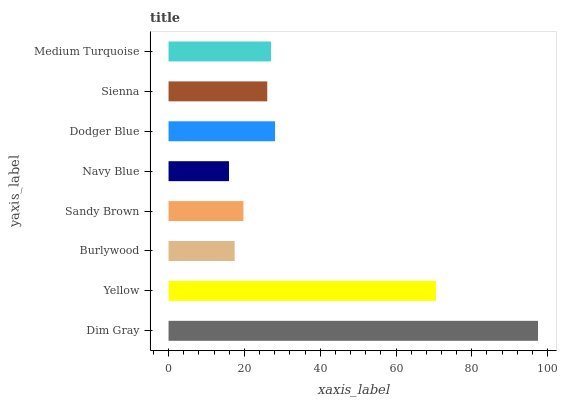
| yaxis_label | bars |
 | --- | --- |
 | Dim Gray | 97.5 |
 | Yellow | 70.5 |
 | Burlywood | 17.4 |
 | Sandy Brown | 19.8 |
 | Navy Blue | 15.9 |
 | Dodger Blue | 28.1 |
 | Sienna | 26 |
 | Medium Turquoise | 27 |